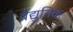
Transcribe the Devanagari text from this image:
बैद्युतिक